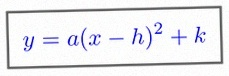
y=a(x-h)^2+k